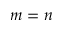
m = n